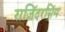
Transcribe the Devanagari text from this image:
राजिंदरसिंग